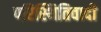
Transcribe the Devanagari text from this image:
परिस्थितिवादी